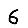
Digit: 6